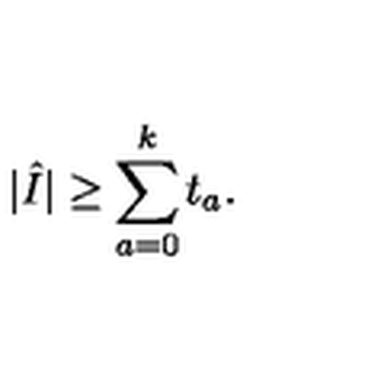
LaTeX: | \hat { I } | \geq \sum _ { a = 0 } ^ { k } t _ { a } .